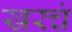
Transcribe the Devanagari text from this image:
खरचं